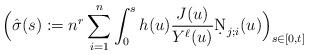
LaTeX: \begin{align*} \Big( \hat{\sigma}(s) := n^r \sum_{i=1}^n \int_0^s h(u) \frac{J(u)}{Y^\ell(u)} \d N_{j;i}(u) \Big)_{s \in [0,t]} \end{align*}